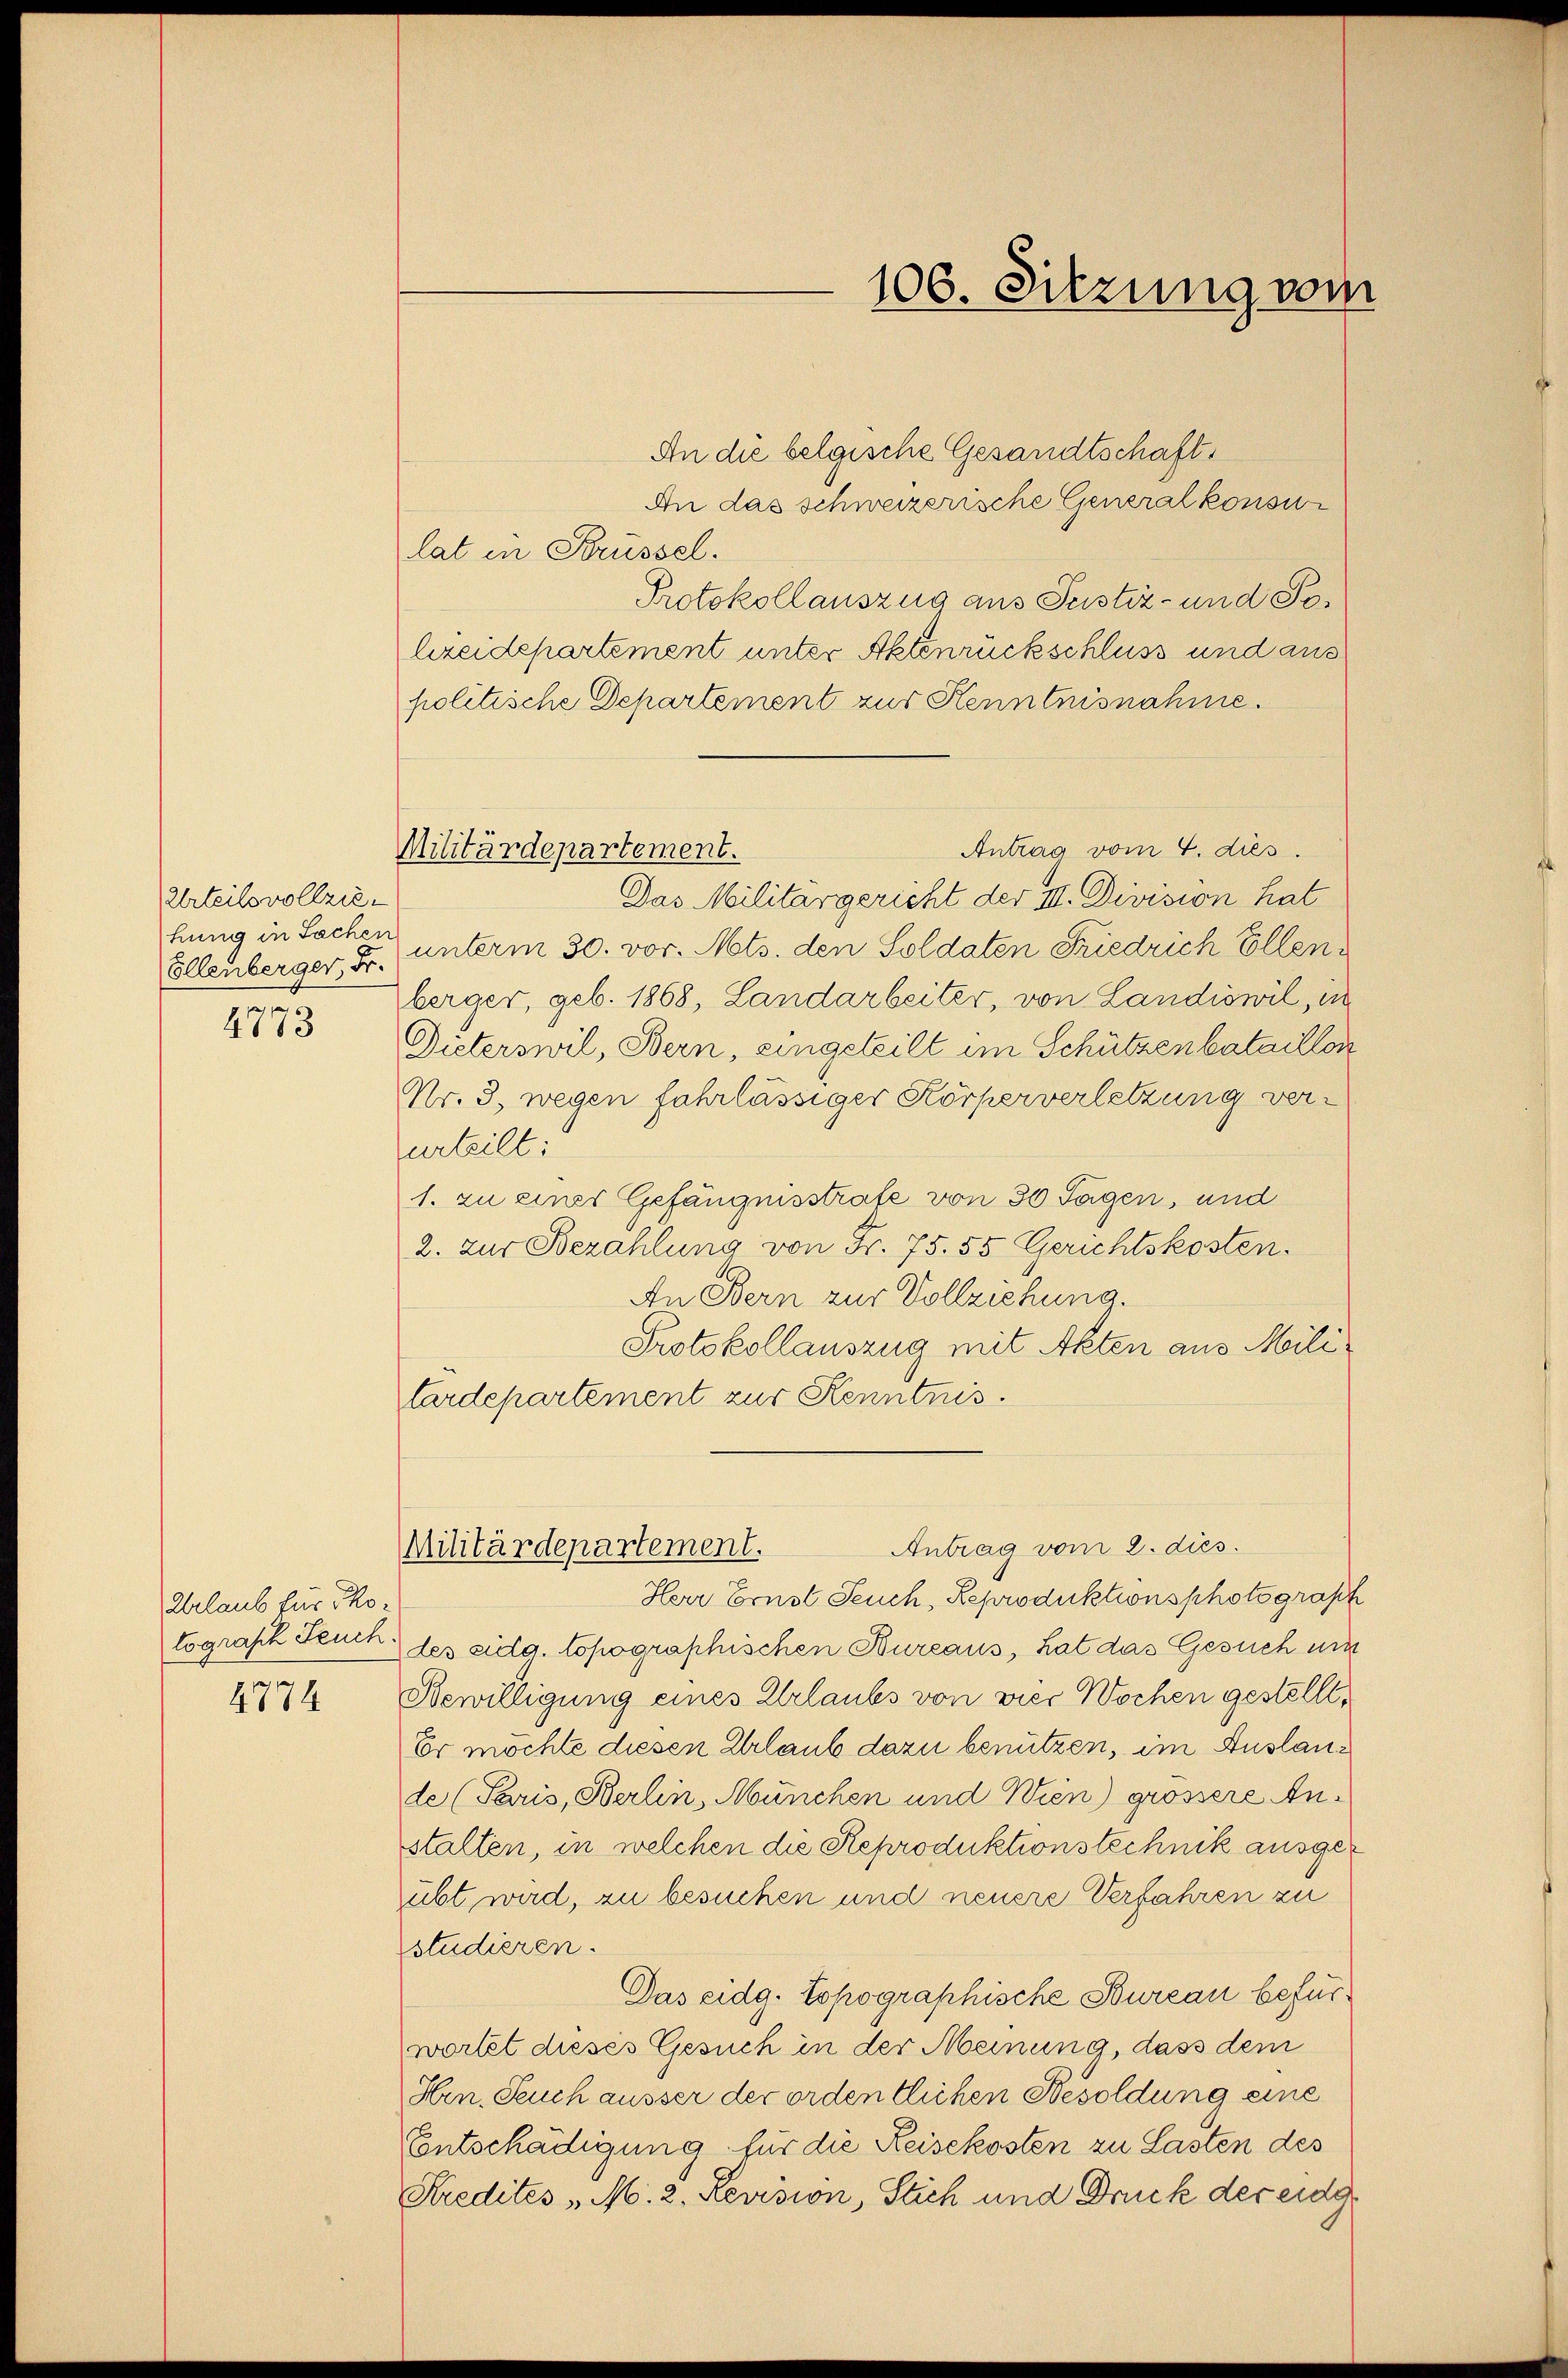
Urteilsvollziehung in Sachen
Ellenberger, Fr.

4773

Urlaub für Tho¬

4774

Antrag vom 4. dies.
Militärdepartement.

An die belgische Gesandtschaft,
An das schweizerische Generalkonsu
lat in Krüssel.
Protokollauszug aus Justiz- und Polreidepartement unter Aktenrückschluss und aus
politische Departement zur Kenntnisnahme.
Das Militärgericht der III. Division hat
unterm 30. vor. Mts. den Soldaten Friedrich Ellenberger, geb. 1868, Landarbeiter, von Landiowil, in
Dieterswil, Bern, eingeteilt im Schützenbataillon
Nr. 3. wegen fahrlässiger Körperverletzung verurteilt.
1. zu einer Gefängnisstrafe von 30 Tagen, und
2. zur Bezahlung von Fr. 75. 55 Gerichtskosten.
An Bern zur Vollziehung.
Protokollauszug mit Akten aus Militardepartement zur Kenntnis.

106. Sitzung vom

Herr Ernst Feuch, Reproduktionsphotograph
tograsch Seuck des eidg. topographischen Bureaus, hat das Gesuch um
Bewilligung eines Urlaubs von vier Wochen gestellt,
Er möchte diesen Urlaub dazu benutzen, im Auslande (Paris, Berlin, München und Wien) grössere Anstalten, in welchen die Steproduktionstechnik ausgeübt wird, zu besuchen und neuere Verfahren zu
studieren.
Das eidg. Topographische Bureau befürwortet dieses Gesuch in der Meinung, dass dem
Hrn. Feuch ausser der ordentlichen Besoldung eine
Entschädigung für die Reisekosten zu Lasten des
Kredites „M. 2. Revision, Stich und Druck der eidg

Antrag vom 2. dies
Militärdepartement.